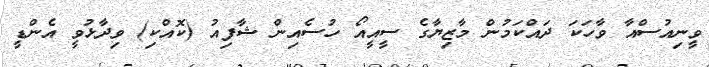
ވީނިއުސްއާ ވާހަކަ ދައްކަމުން މާޒިޔާގެ ސީއީއޯ ހުސެއިން ޝާފިއު (ކޮއްކި) ވިދާޅުވީ އެންޑީ